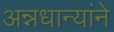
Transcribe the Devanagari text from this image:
अन्नधान्यांने